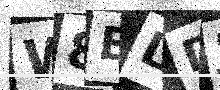
Text: W8ELDJ